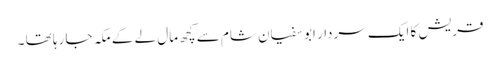
قریش کا ایک سردار ابو سفیان شام سے کچھ مال لے کے مکہ جا رہا تھا ۔